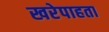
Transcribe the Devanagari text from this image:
खरेपाहता